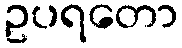
ဥပရတော